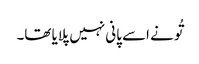
تُو نے اسے پانی نہیں پلایا تھا۔